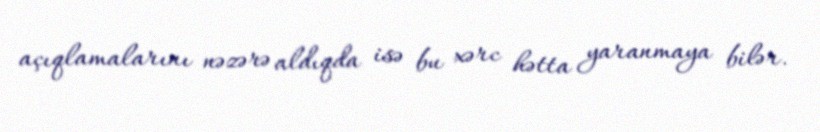
açıqlamalarını nəzərə aldıqda isə bu xərc hətta yaranmaya bilər.